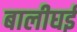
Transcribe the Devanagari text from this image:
बालीघई